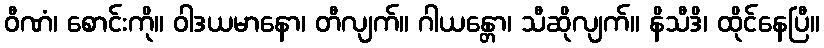
ဝီဏံ၊ စောင်းကို။ ဝါဒယမာနော၊ တီလျက်။ ဂါယန္တော၊ သီဆိုလျက်။ နိသီဒိ၊ ထိုင်နေပြီ။